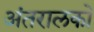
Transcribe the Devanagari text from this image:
अंतरालको